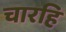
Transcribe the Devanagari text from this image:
चारहि